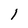
Character: l